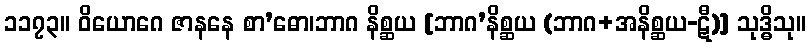
၁၁၇၃။ ဝိယောဂေ ဇာနနေ စာ’ဓော၊ဘာဂ နိစ္ဆယ [ဘာဂ’နိစ္ဆယ (ဘာဂ+အနိစ္ဆယ-ဋီ)] သုဒ္ဓိသု။